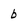
Character: b